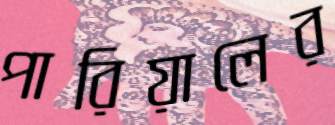
পারিয়ালের